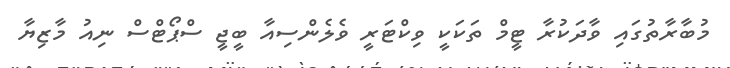
މުބާރާތުގައި ވާދަކުރާ ޓީމް ތަކަކީ ވިކްޓަރީ ވެލެންސިއާ ބީޖީ ސްޕޯޓްސް ނިއު މާޒިޔާ